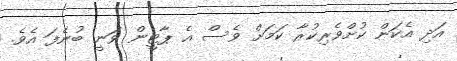
އަދި އެކަން ކުށްވެރިކުރާ ކަމަށް ވެސް އެ ޕާޓީން ވަނީ ބުނެފަ އެވެ.